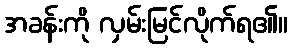
အခန်းကို လှမ်းမြင်လိုက်ရ၏။